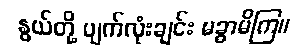
နွယ်တို့ မျက်လုံးချင်း မခွာမိကြ။